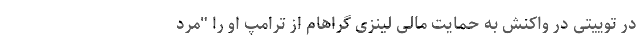
در توییتی در واکنش به حمایت مالی لینزی گراهام از ترامپ او را "مرد